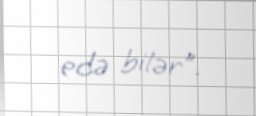
edə bilər”.